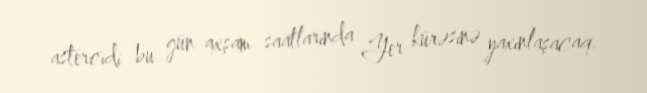
asteroidi bu gün axşam saatlarında Yer kürəsinə yaxınlaşacaq.